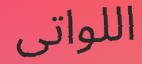
اللواتى